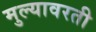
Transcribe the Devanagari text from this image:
मुल्यावरती